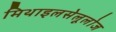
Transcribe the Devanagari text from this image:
मिथाइलसेलूलोज